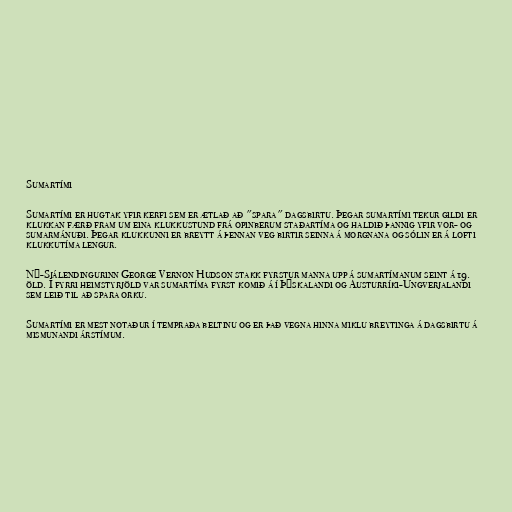
Sumartími

Sumartími er hugtak yfir kerfi sem er ætlað að "spara" dagsbirtu. Þegar sumartími tekur gildi er
klukkan færð fram um eina klukkustund frá opinberum staðartíma og haldið þannig yfir vor- og
sumarmánuði. Þegar klukkunni er breytt á þennan veg birtir seinna á morgnana og sólin er á lofti
klukkutíma lengur.

Ný-Sjálendingurinn George Vernon Hudson stakk fyrstur manna upp á sumartímanum seint á 19.
öld. Í fyrri heimstyrjöld var sumartíma fyrst komið á í Þýskalandi og Austurríki-Ungverjalandi
sem leið til að spara orku.

Sumartími er mest notaður í tempraða beltinu og er það vegna hinna miklu breytinga á dagsbirtu á
mismunandi árstímum.